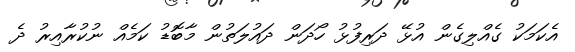
އެކަމަކު ގެއްލިގެން އުޅޭ ދަރިފުޅު ހޯދަން ދައުލަތުން މާބޮޑު ކަމެއް ނުކުރާއިރު ދެ